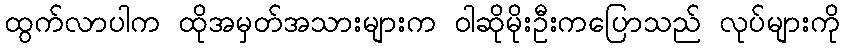
ထွက်လာပါက ထိုအမှတ်အသားများက ဝါဆိုမိုးဦးကပြောသည် လုပ်များကို